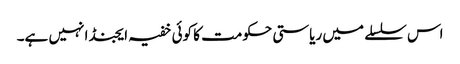
اس سلسلے میں ریاستی حکومت کا کوئی خفیہ ایجنڈا نہیں ہے۔